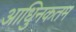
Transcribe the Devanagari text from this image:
आधुिनकतम